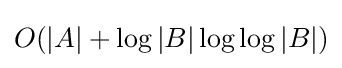
O(|A|+\log |B|\log \log |B|)